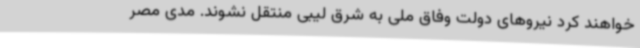
خواهند کرد نیروهای دولت وفاق ملی به شرق لیبی منتقل نشوند. مدی مصر